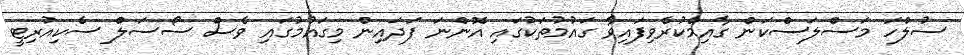
ސުލްހަ މަސްލަސްކަން ގާއިމްކުރެވިފައިވާ ގައުމުތަކުގައި އޮންނަ ފަދައިން މިގައުމުގައި ވެސް ސޯސަލް ސެކިއުރިޓީ